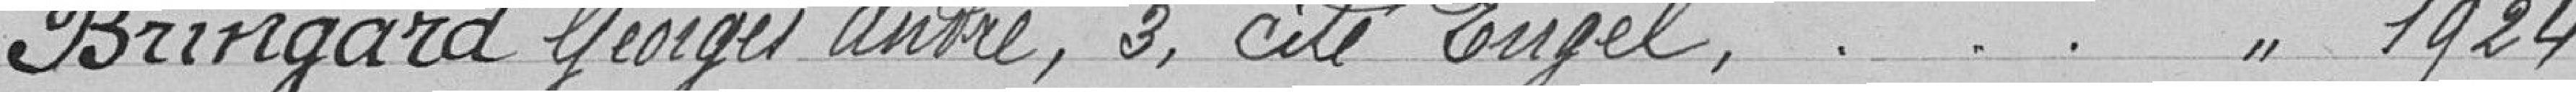
Bringard Georges André, 3 cité Engel, 1924